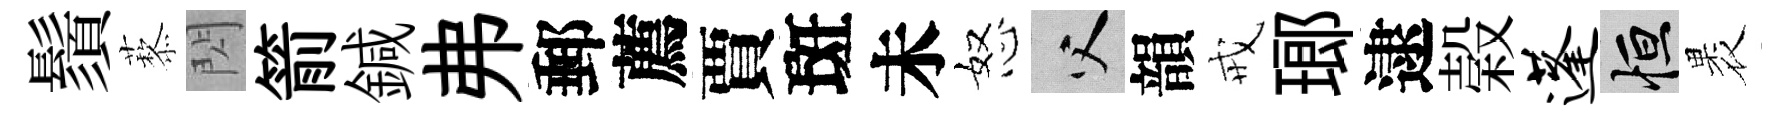
鬚藜閃箭鍼弗郵薦賈斑未怒父韻戒瑯逮榖蓬恒褁